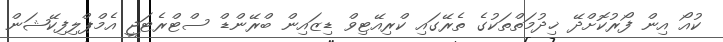
ކުއޯ އިން ފޯރުކޮށްދޭ ޚިދުމަތްތަކުގެ ތެރޭގައި ކްރިއޭޓިވް ޑިޒައިން ބްރޭންޑް ސްޓްރެޓަޖީ އެމްޕްލިފިކޭޝަން